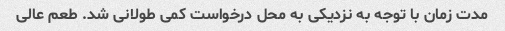
مدت زمان با توجه به نزدیکی به محل درخواست کمی طولانی شد. طعم عالی